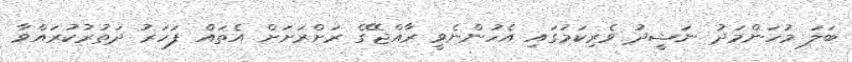
ބަލަ މުހަންމަދު ނަޝީދު ވެރިކަމުގައި އެހުންނެވީ ރާއްޖޭގެ ރަށްރަށަށް އެތައް ފަހަރު ދަތުރުކުރައްވާ